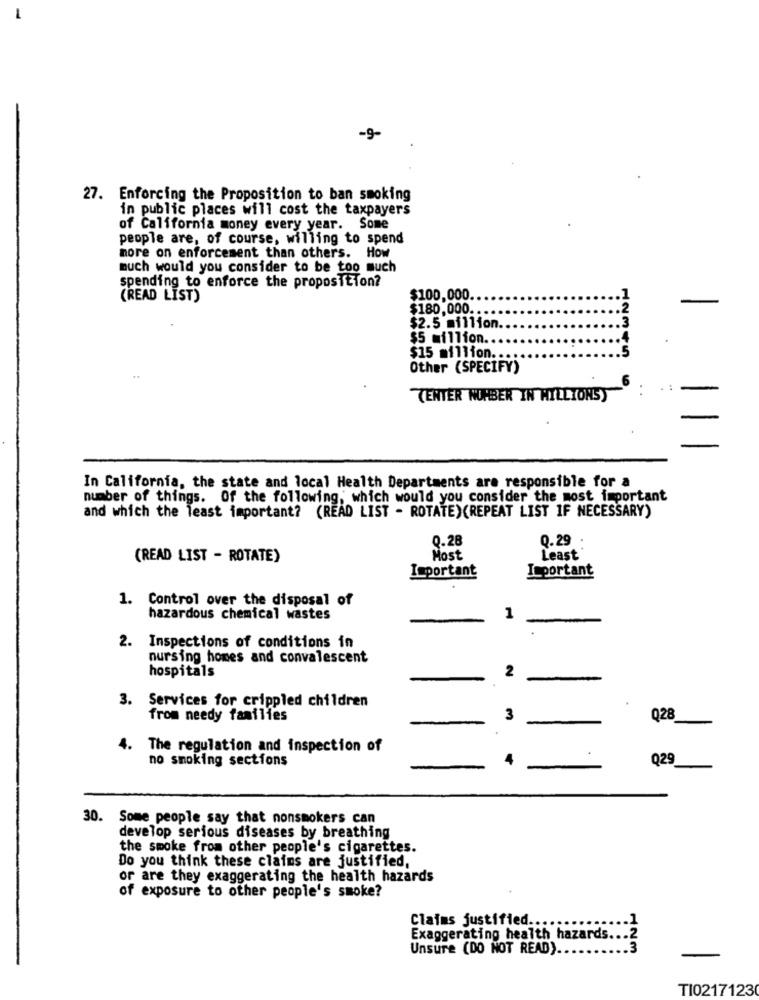
-9-
27. Enforcing the Proposition to ban smoking
in public places will cost the taxpayers
of California money every year. Some
people are, of course, willing to spend
more on enforcement than others. How
much would you consider to be too much
spending to enforce the proposition?
(READ LIST)
$100,000
$180,000 ..
$2.5 million.
$5 million.
$15 million.
12345
Other (SPECIFY)
CENTER NUMBER IN MILLIONS)
In California, the state and local Health Departments are responsible for a
number of things. Of the following, which would you consider the most important
and which the least important? (READ LIST - ROTATE)(REPEAT LIST IF NECESSARY)
0.28
Q.29
(READ LIST - ROTATE)
Most
Least
Important
ICportant
1. Control over the disposal of
hazardous chemical wastes
1
2. Inspections of conditions in
nursing homes and convalescent
hospitals
2
3. Services for crippled children
from needy families
3
Q28
4. The regulation and inspection of
no smoking sections
Q29
30. Some people say that nonsmokers can
develop serious diseases by breathing
the smoke from other people's cigarettes.
Do you think these claims are justified,
or are they exaggerating the health hazards
of exposure to other people's smoke?
Claims justified ...
Exaggerating health hazards ...
Unsure (DO NOT READ)
123
TI0217123